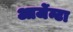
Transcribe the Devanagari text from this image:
आर्जेन्टा